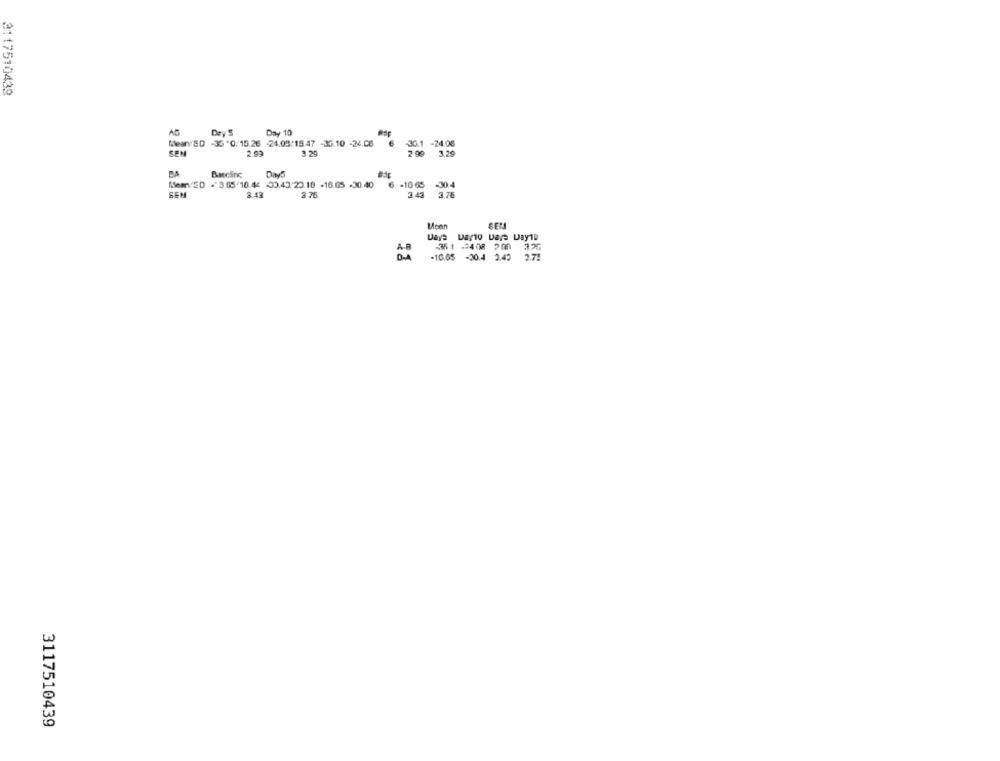
3117510439
AB
Day 10
Mean ED -35'0/15.26 -24.03/15.47 -36.10 -24.08
36.1 -24.06
SEM
3 .29
2 90
3.29
Barcline
-30.4
Means'ED - 8 65'10.46 <0.43 20.18 -16.65 -30.40
-16 65
SEM
3.43
3 76
3 43
3.76
Moan
Days Dayto Days Day19
351 -408 700
-10.05 -30.4 3.42
2.71
3117510439